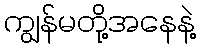
ကျွန်မတို့အနေနဲ့